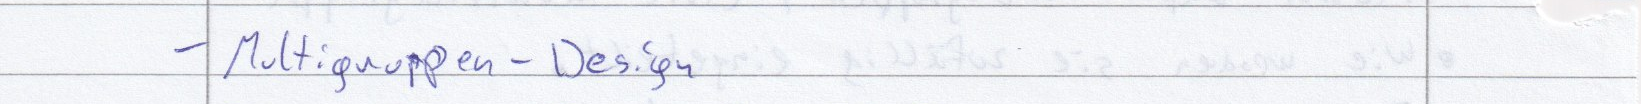
- Multigruppen - Design